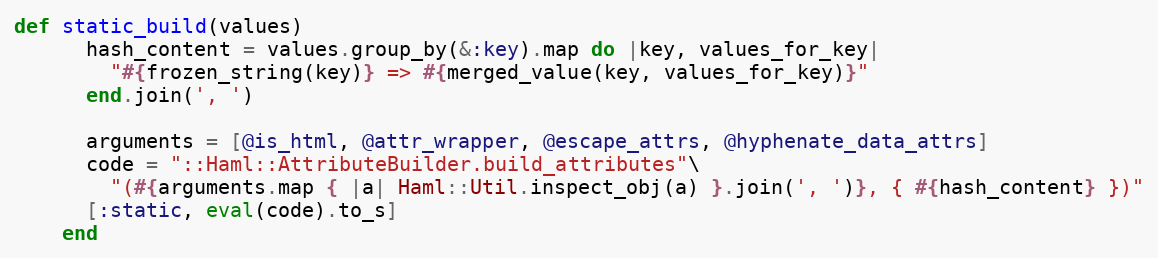
Language: Ruby
def static_build(values)
      hash_content = values.group_by(&:key).map do |key, values_for_key|
        "#{frozen_string(key)} => #{merged_value(key, values_for_key)}"
      end.join(', ')

      arguments = [@is_html, @attr_wrapper, @escape_attrs, @hyphenate_data_attrs]
      code = "::Haml::AttributeBuilder.build_attributes"\
        "(#{arguments.map { |a| Haml::Util.inspect_obj(a) }.join(', ')}, { #{hash_content} })"
      [:static, eval(code).to_s]
    end